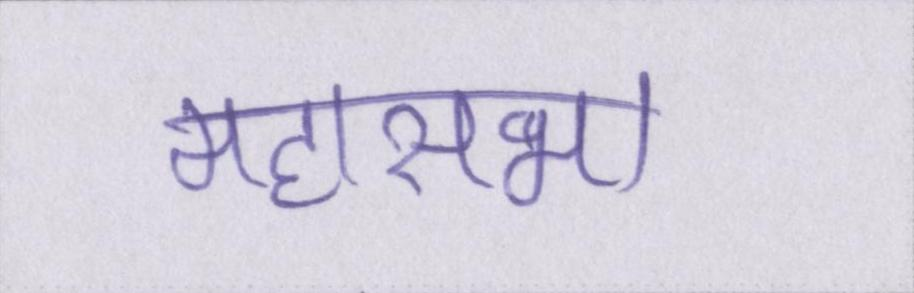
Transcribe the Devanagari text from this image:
महासभा